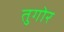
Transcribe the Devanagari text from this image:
तुगोर